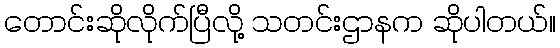
တောင်းဆိုလိုက်ပြီလို့ သတင်းဌာနက ဆိုပါတယ်။